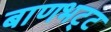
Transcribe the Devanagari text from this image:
बाणभट्‌ट